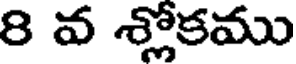
8 వ శ్లోకము